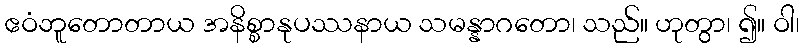
ဧဝံဘူတောတာယ အနိစ္စာနုပဿနာယ သမန္နာဂတော၊ သည်။ ဟုတွာ၊ ၍။ ဝါ၊